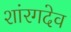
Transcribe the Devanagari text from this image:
शांरगदेव